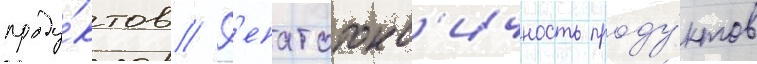
проду́ктов // Г'епатотокс'ичность проду́ктов